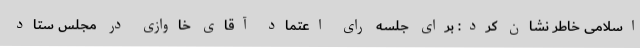
اسلامی خاطر نشان کرد: برای جلسه رای اعتماد آقای خاوازی در مجلس ستاد